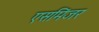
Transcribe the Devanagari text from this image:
एसमिंजर